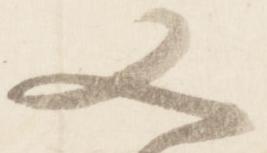
又